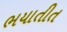
ભયાતીત